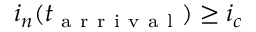
i _ { n } ( t _ { \mathrm { ~ a ~ r ~ r ~ i ~ v ~ a ~ l ~ } } ) \geq i _ { c }